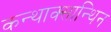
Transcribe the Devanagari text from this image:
कन्थाक्सान्थिन